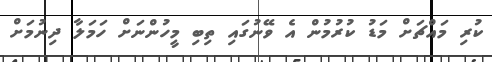
ކުރި މައްޗަށް މަޑު ކުރުމުން އެ ވޭނުގައި ތިބި މީހުންނަށް ހަމަލާ ދިނުމަށް